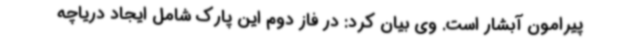
پیرامون آبشار است. وی بیان کرد: در فاز دوم این پارک شامل ایجاد دریاچه